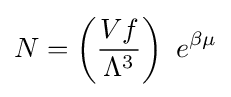
N=\left({\frac {Vf}{\Lambda ^{3}}}\right)\,\,e^{\beta \mu }